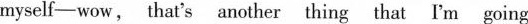
myself-wow, that's another thing that I'm going